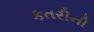
કતરીની